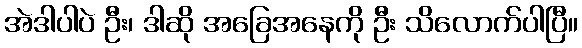
အဲဒါပါပဲ ဦး၊ ဒါဆို အခြေအနေကို ဦး သိလောက်ပါပြီ။